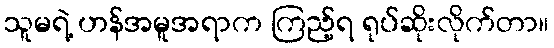
သူမရဲ့ ဟန်အမူအရာက ကြည့်ရ ရုပ်ဆိုးလိုက်တာ။